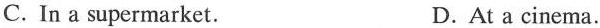
C.In a supermarket. D.At a cinema.